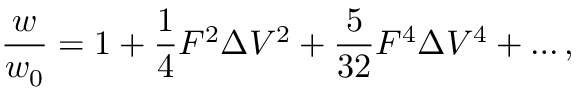
\frac { w } { w _ { 0 } } = 1 + \frac { 1 } { 4 } F ^ { 2 } \Delta V ^ { 2 } + \frac { 5 } { 3 2 } F ^ { 4 } \Delta V ^ { 4 } + \ldots ,